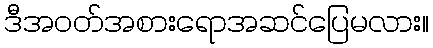
ဒီအဝတ်အစားရောအဆင်ပြေမလား။